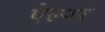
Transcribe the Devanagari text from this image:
ऐल्पर